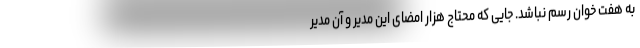
به هفت خوان رسم نباشد. جایی که محتاج هزار امضای این مدیر و آن مدیر